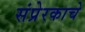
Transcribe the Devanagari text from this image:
संप्रेरकाचे